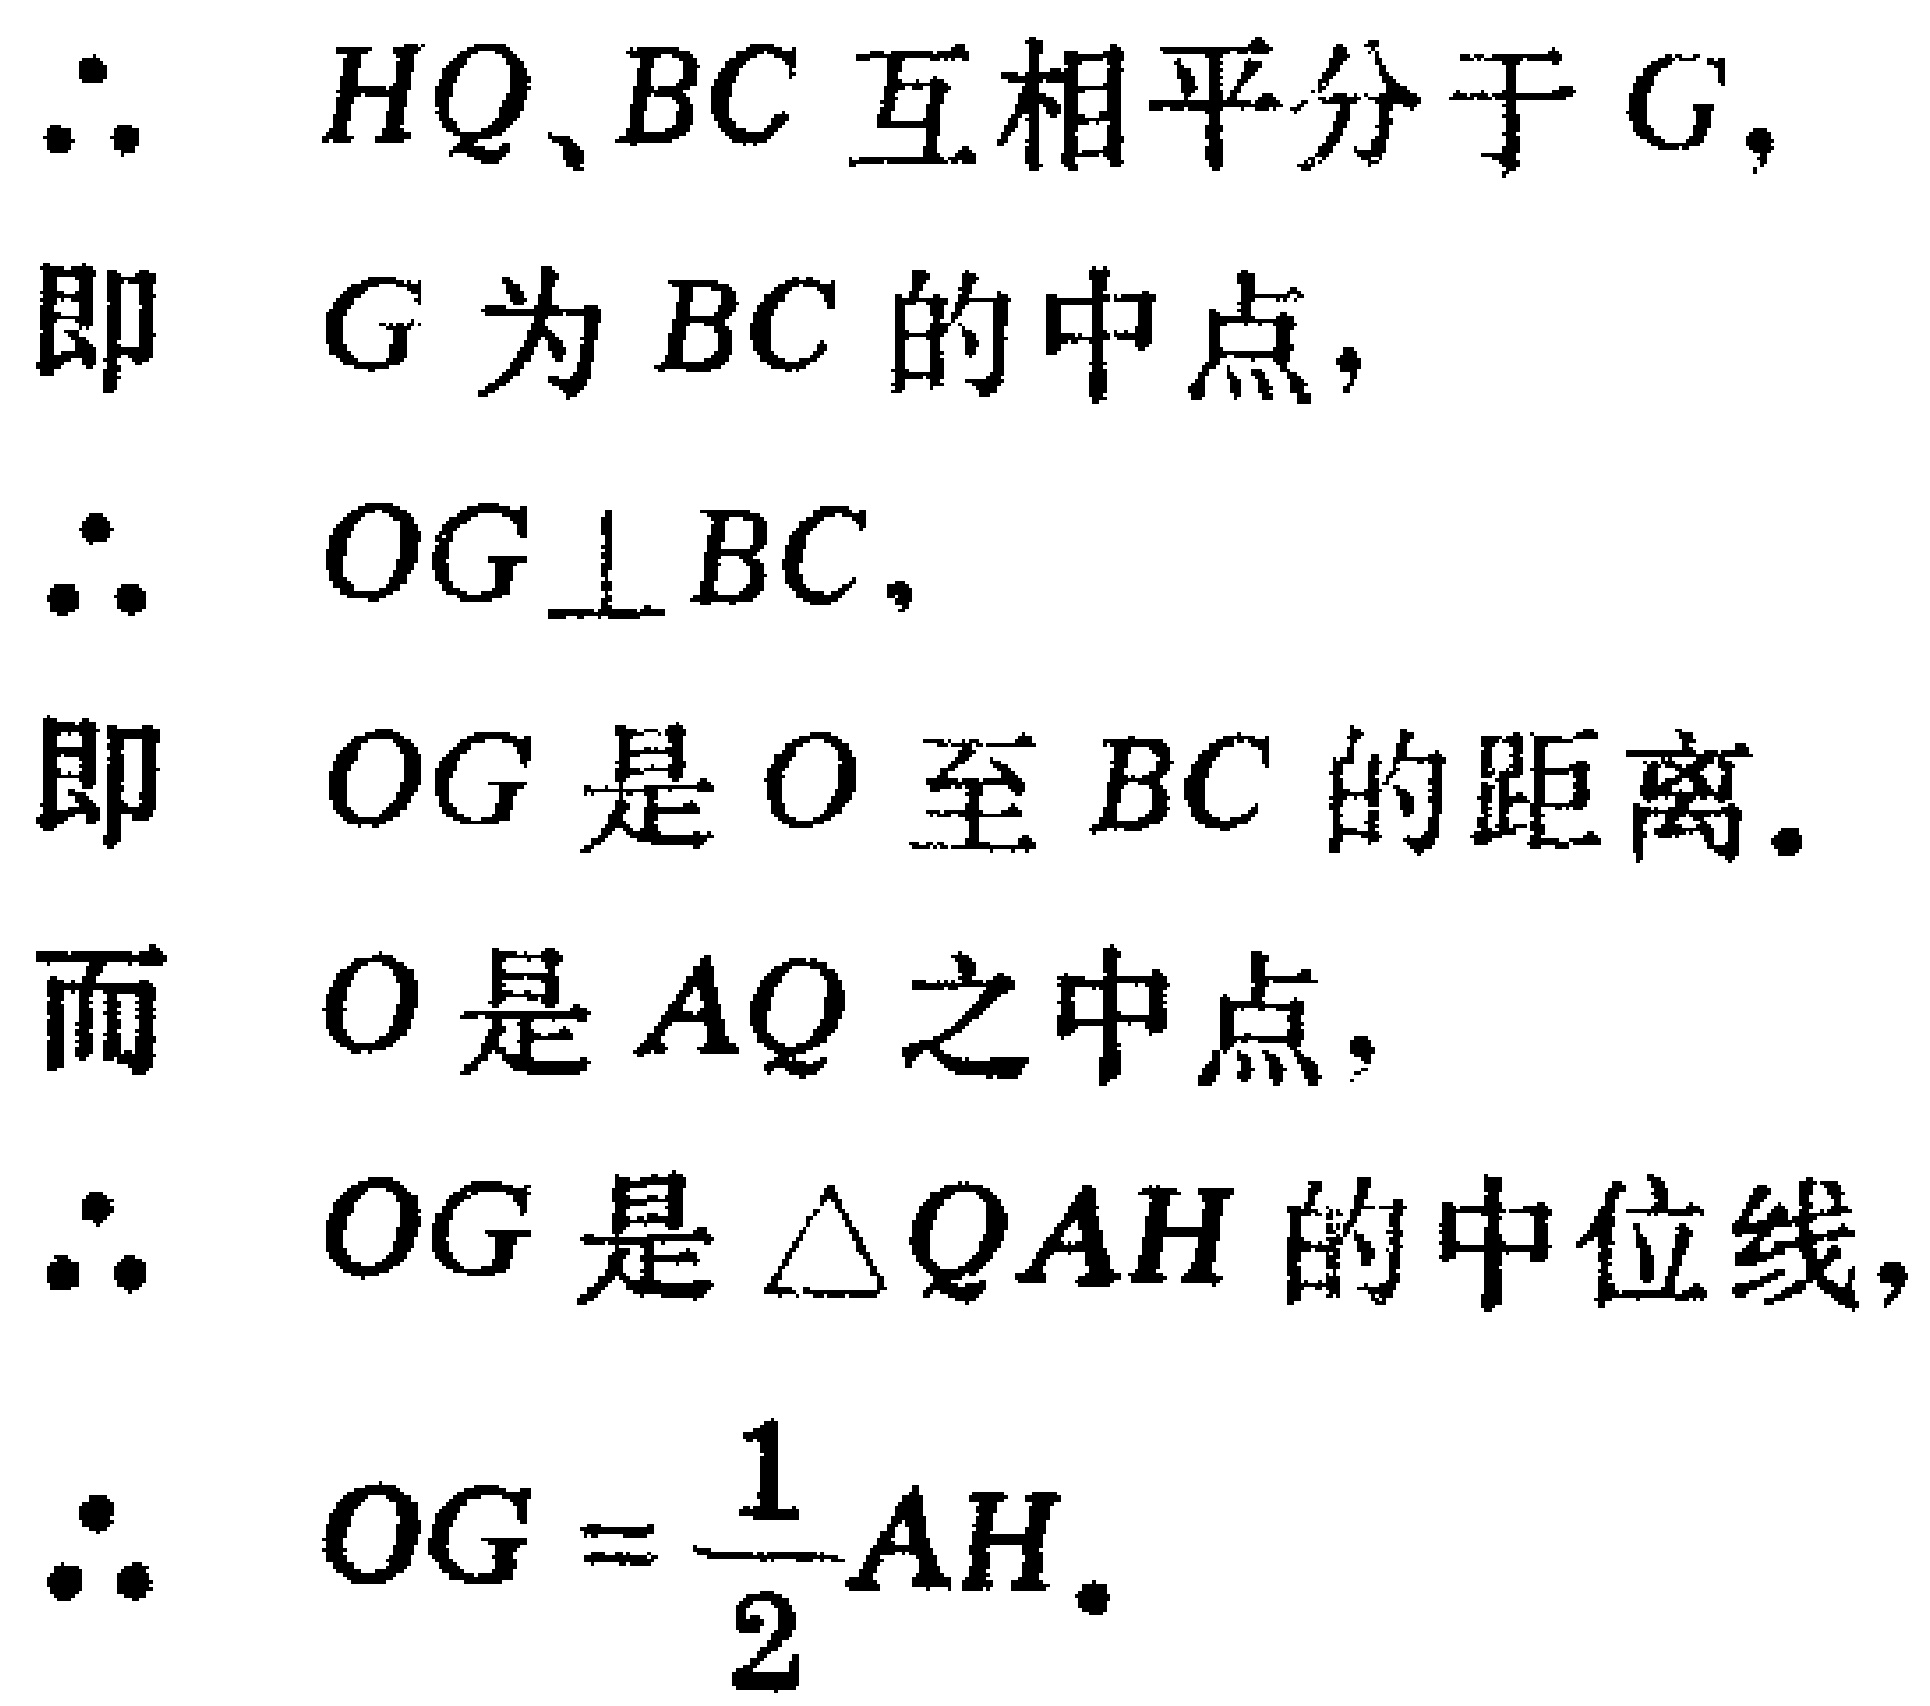
\begin{enumerate}
\item $\therefore$ \(HQ、BC\) 互相平分于 \(G\)，
即 \(G\) 为 \(BC\) 的中点，
\item $\therefore$ \(OG\perp BC\)，
即 \(OG\) 是 \(O\) 至 \(BC\) 的距离.
\item 而 \(O\) 是 \(AQ\) 之中点，
$\therefore$ \(OG\) 是 \(\triangle QAH\) 的中位线，
\item $\therefore$ \(OG = \dfrac{1}{2}AH\).
\end{enumerate}